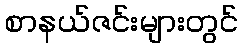
စာနယ်ဇင်းများတွင်